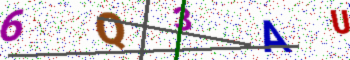
Text: 6Q3AU